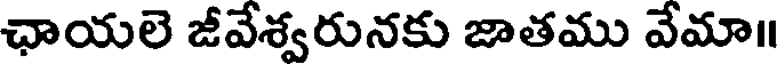
ఛాయలె జీవేశ్వరునకు జాతము వేమా॥